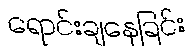
ရောင်းချနေခြင်း